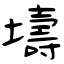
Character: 壔